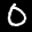
Label: 0